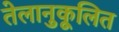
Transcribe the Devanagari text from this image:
तेलानुकूलित